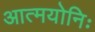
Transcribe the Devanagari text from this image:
आत्मयोनिः